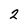
Character: 2